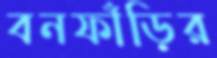
বনফাঁড়ির